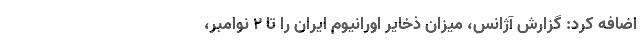
اضافه کرد: گزارش آژانس، میزان ذخایر اورانیوم ایران را تا ۲ نوامبر،